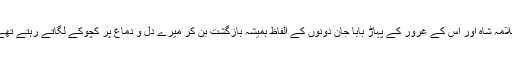
سلامہ شاہ اور اس کے غرور کے پہاڑ بابا جان دونوں کے الفاظ ہمیشہ بازگشت بن کر میرے دل و دماغ پر کچوکے لگاتے رہتے تھے۔